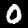
Digit: 0